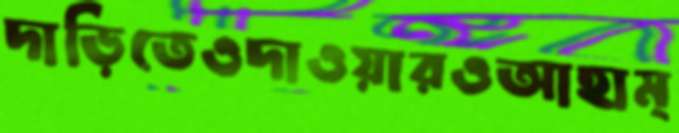
দাড়িতেওদাওয়ারওআহাম্